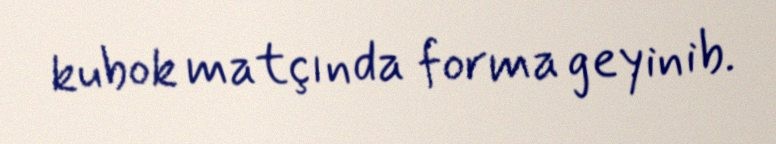
kubok matçında forma geyinib.